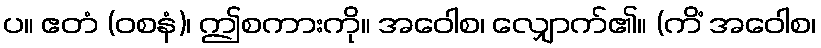
ပ။ ဧတံ (ဝစနံ)၊ ဤစကားကို။ အဝေါစ၊ လျှောက်၏။ (ကိံ အဝေါစ၊